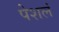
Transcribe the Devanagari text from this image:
पेशलं